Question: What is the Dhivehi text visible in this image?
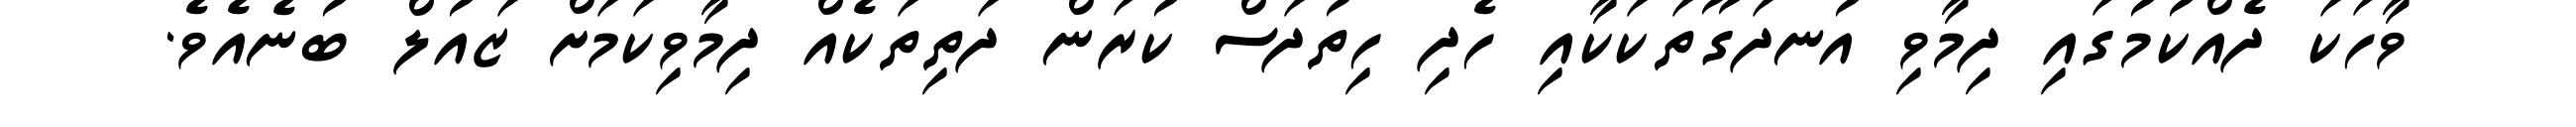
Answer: ވާހަކަ ދެއްކުމުގައި ދިމާވި އުނދަގޫތަކަކާއި ހެދި ހިތުދަސް ކުރަން ދަތިތަކެއް ދިމާވިކަމަށް ޒައުލް ބުނެއެވެ.